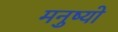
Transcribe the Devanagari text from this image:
मनुष्‍यो